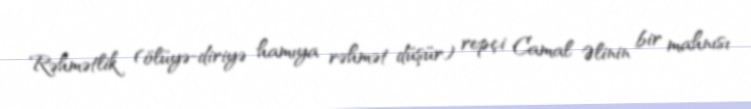
Rəhmətlik (ölüyə-diriyə hamıya rəhmət düşür) repçi Camal Əlinin bir mahnısı